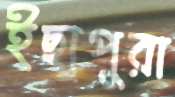
ইছাপুরা